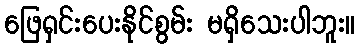
ဖြေရှင်းပေးနိုင်စွမ်း မရှိသေးပါဘူး။